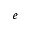
e